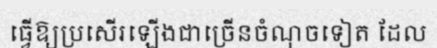
ធ្វើឱ្យប្រសើរឡើងជាច្រើនចំណុចទៀត ដែល